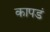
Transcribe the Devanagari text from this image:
कापडं